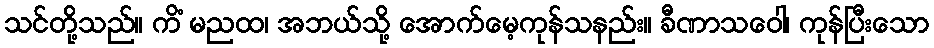
သင်တို့သည်။ ကိံ မညထ၊ အဘယ်သို့ အောက်မေ့ကုန်သနည်း။ ခီဏာသဝေါ၊ ကုန်ပြီးသော